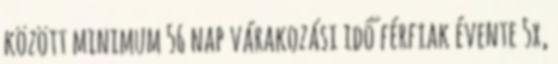
között minimum 56 nap várakozási idő férfiak évente 5x,